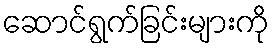
ဆောင်ရွက်ခြင်းများကို